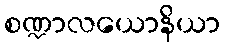
စဏ္ဍာလယောနိယာ